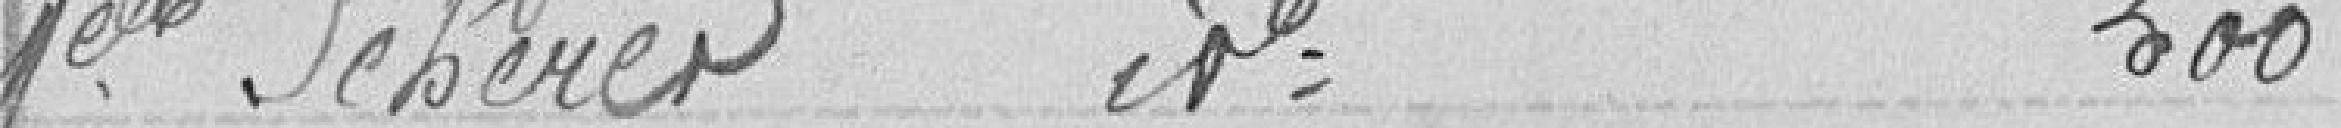
Melle Scherer it° 500